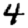
Digit: 4